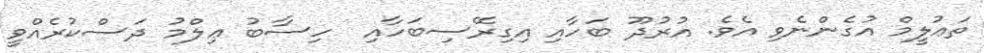
ތަޢުލީމް އުގެންނެވި އެވެ. އުރުދޫ ބަހާއި އިގިރޭސިބަހާއި  ހިސާބު ޢިލްމު ދަސްކުރެއްވީ